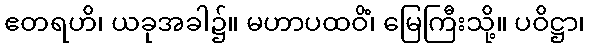
ဧတရဟိ၊ ယခုအခါ၌။ မဟာပထဝိံ၊ မြေကြီးသို့။ ပဝိဋ္ဌာ၊